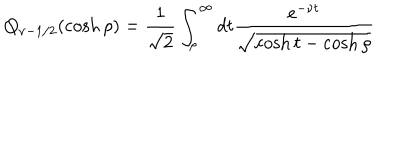
Q _ { \nu - 1 / 2 } ( \cosh \rho ) = \frac 1 { \sqrt { 2 } } \int _ { \rho } ^ { \infty } d t \frac { e ^ { - \nu t } } { \sqrt { \cosh t - \cosh \rho } }